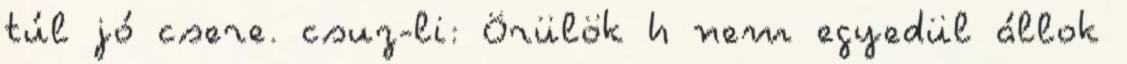
túl jó csere. csuz-li: Örülök h nem egyedül állok